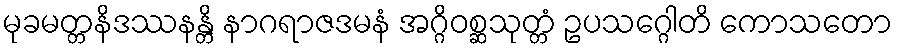
မုခမတ္တနိဒဿနန္တိ နာဂရာဇဒမနံ အဂ္ဂိဝစ္ဆသုတ္တံ ဥပသဂ္ဂေါတိ ကောသတော